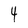
Character: 4